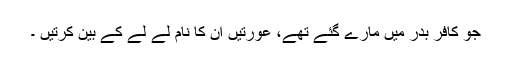
جو کافر بدر میں مارے گئے تھے، عورتیں ان کا نام لے لے کے بین کرتیں ۔